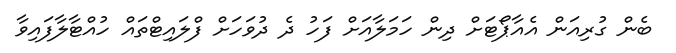
ބެން ގުރިއަން އެއާޕޯޓަށް ދިން ހަމަލާއަށް ފަހު ދެ ދުވަހަށް ފްލައިޓްތައް ހުއްޓާލާފައިވާ